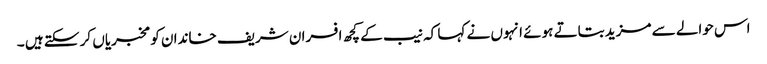
اس حوالے سے مزید بتاتے ہوئے انہوں نے کہا کہ نیب کے کچھ افسران شریف خاندان کو مخبریاں کر سکتے ہیں ۔